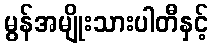
မွန်အမျိုးသားပါတီနှင့်